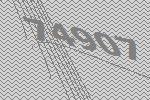
74907